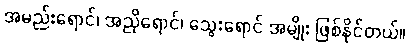
အမည်းရောင်၊ အညိုရောင်၊ သွေးရောင် အမျိုး ဖြစ်နိုင်တယ်။